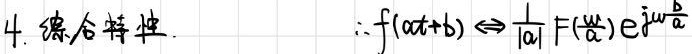
4. 综合特性. \(\therefore f(at + b)\Leftrightarrow\frac{1}{|a|}F(\frac{\omega}{a})e^{j\omega\frac{b}{a}}\)